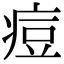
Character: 痘